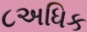
૮અધિક